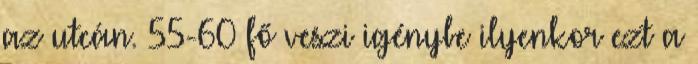
az utcán. 55-60 fő veszi igénybe ilyenkor ezt a